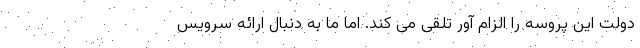
دولت این پروسه را الزام آور تلقی می کند. اما ما به دنبال ارائه سرویس